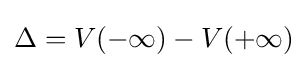
\Delta =V(-\infty )-V(+\infty )